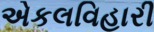
એકલવિહારી